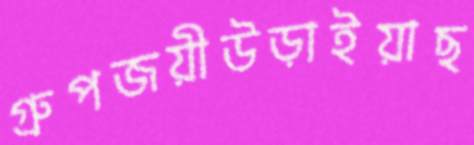
গ্রুপজয়ীউড়াইয়াছ